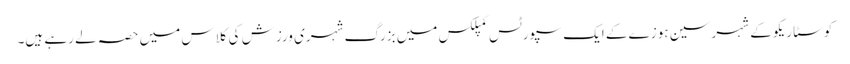
کوسٹا ریکو کے شہر سین ہوزے کے ایک سپورٹس کمپلکس میں بزرگ شہری ورزش کی کلاس میں حصہ لے رہے ہیں۔